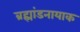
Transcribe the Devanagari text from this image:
ब्रह्मांडनायाक